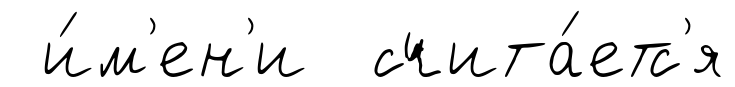
и́м'ен'и счита́етс'я